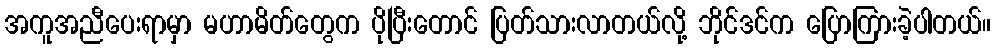
အကူအညီပေးရာမှာ မဟာမိတ်တွေက ပိုပြီးတောင် ပြတ်သားလာတယ်လို့ ဘိုင်ဒင်က ပြောကြားခဲ့ပါတယ်။